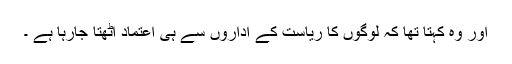
اور وہ کہتا تھا کہ لوگوں کا ریاست کے اداروں سے ہی اعتماد اٹھتا جارہا ہے ۔